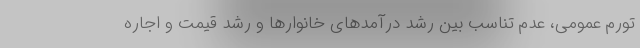
تورم عمومی، عدم تناسب بین رشد درآمدهای خانوارها و رشد قیمت و اجاره